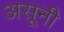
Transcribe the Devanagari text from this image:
असूनी